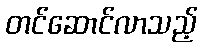
တင်ဆောင်လာသည့်